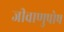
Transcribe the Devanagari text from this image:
जीवाणुपोष